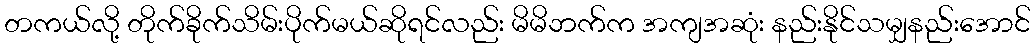
တကယ်လို့ တိုက်ခိုက်သိမ်းပိုက်မယ်ဆိုရင်လည်း မိမိဘက်က အကျအဆုံး နည်းနိုင်သမျှနည်းအောင်